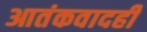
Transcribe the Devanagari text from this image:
आतंकवादही